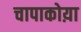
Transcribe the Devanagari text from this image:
चापाकोय़ा